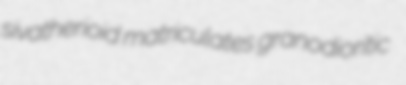
sivatherioid matriculates granodioritic